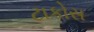
ટાકોસ